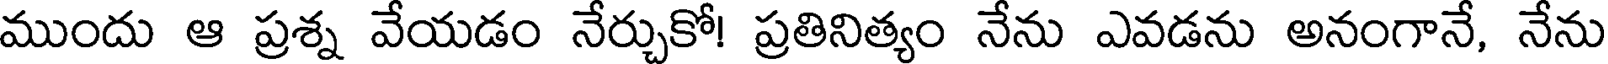
ముందు ఆ ప్రశ్న వేయడం నేర్చుకో! ప్రతినిత్యం నేను ఎవడను అనంగానే, నేను